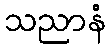
သညာနံ